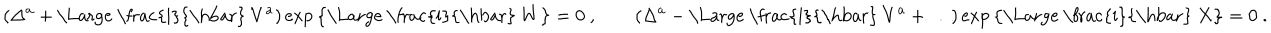
LaTeX: ( \Delta ^ { a } + \mathrm { \Large ~ \frac { i } { \hbar } ~ } V ^ { a } ) \exp \big \{ \mathrm { \Large ~ \frac { i } { \hbar } ~ } W \big \} = 0 ~ , \qquad ( \Delta ^ { a } - \mathrm { \Large ~ \frac { i } { \hbar } ~ } V ^ { a } + \ldots ) \exp \big \{ \mathrm { \Large ~ \frac { i } { \hbar } ~ } X \big \} = 0 ~ .